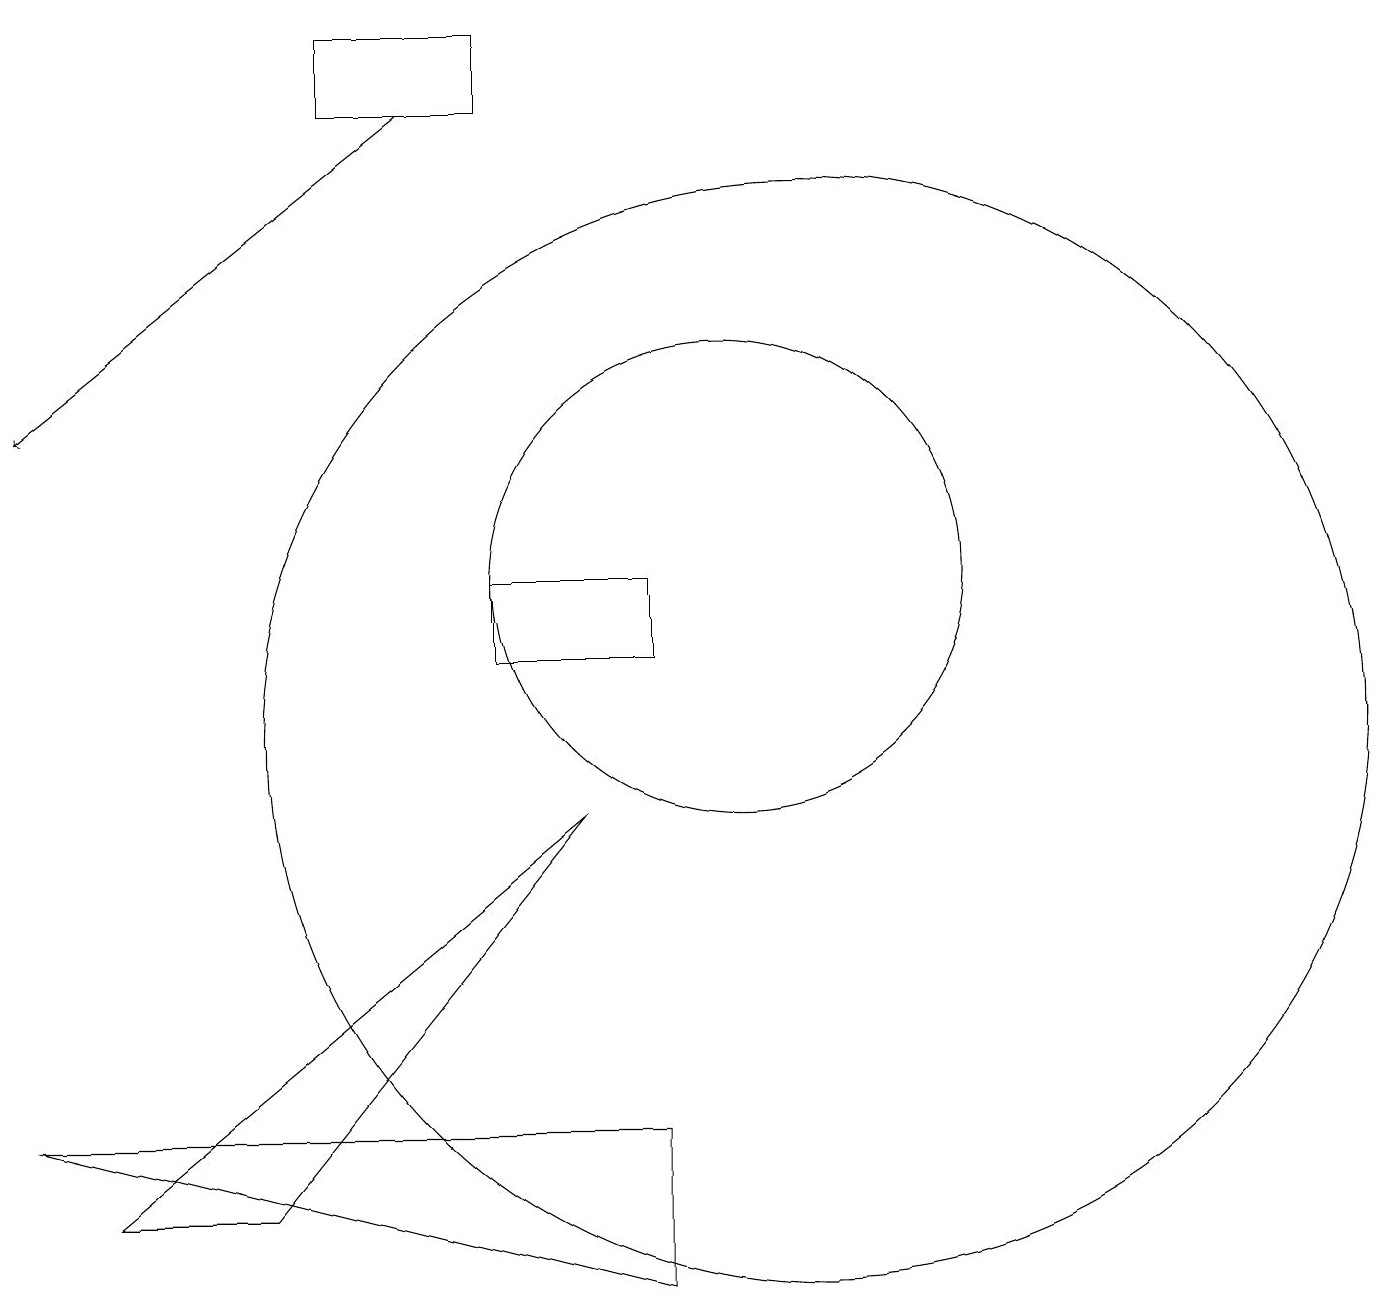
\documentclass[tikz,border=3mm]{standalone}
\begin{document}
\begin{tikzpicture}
\draw (2,4) -- (8,9) -- (4,4) -- cycle;
\draw (10,12) circle (3);
\draw (11,10) circle (7);
\draw[->] (6,18) -- (1,14);
\draw (1,5) -- (9,3) -- (9,5) -- cycle;
\draw (7,19) rectangle (5,18);
\draw (7,11) rectangle (9,12);
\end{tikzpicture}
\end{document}